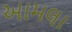
આમલા